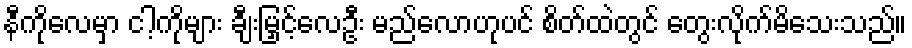
နီကိုလေမှာ ငါ့ကိုများ ချီးမြှင့်လေဦး မည်လောဟုပင် စိတ်ထဲတွင် တွေးလိုက်မိသေးသည်။